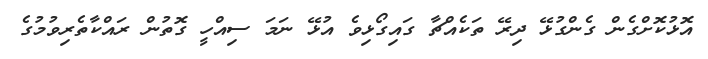
އޮޅުކޮށްގެން ގެންގުޅޭ ދިރޭ ތަކެއްޗާ ގައިގޯޅިވެ އުޅޭ ނަމަ ސިއްހީ ގޮތުން ރައްކާތެރިވުމުގެ